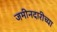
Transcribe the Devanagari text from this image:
जमीनदारीच्या